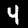
Label: 4